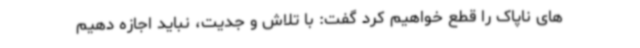
های ناپاک را قطع خواهیم کرد گفت: با تلاش و جدیت، نباید اجازه دهیم